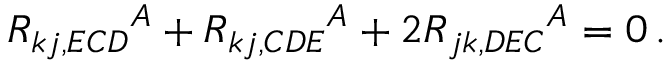
R _ { k j , E C D } { } ^ { A } + R _ { k j , C D E } { } ^ { A } + 2 R _ { j k , D E C } { } ^ { A } = 0 \, .